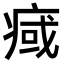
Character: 𤷇